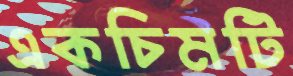
একচিমটি